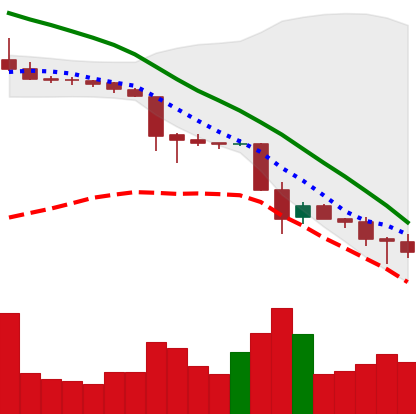
Ticker: TRX-USD
Chart end date: 2018-11-26
Forward return: 30.212%
Label: up_7plus